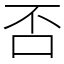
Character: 否